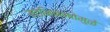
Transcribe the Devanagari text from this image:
मतभिन्नतेमुळे